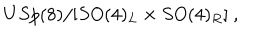
U S p ( 8 ) / [ S O ( 4 ) _ { L } \times S O ( 4 ) _ { R } ] \ ,